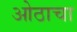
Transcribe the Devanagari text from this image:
ओठाचा